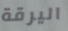
اليرقة